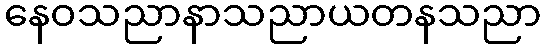
နေဝသညာနာသညာယတနသညာ